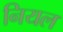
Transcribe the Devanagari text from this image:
नियल